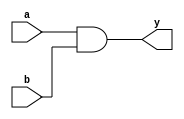
module vector_continuous_assignment (
    input  [7:0] a,  // 8-bit input vector a
    input  [7:0] b,  // 8-bit input vector b
    output [7:0] y   // 8-bit output vector y
);

// Continuous assignment using the assign statement
assign y = a & b; // y is continuously assigned the result of a AND b

endmodule